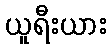
ယူရီးယား